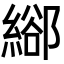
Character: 𦃛